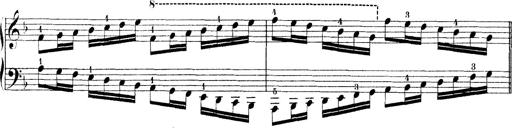
Title: Technische Studien
Composer: Franz Liszt